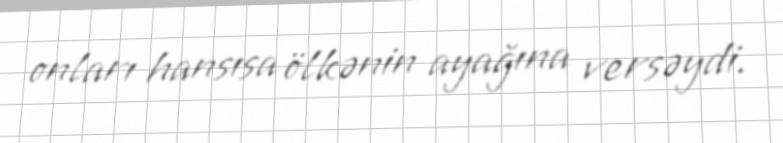
onları hansısa ölkənin ayağına versəydi.